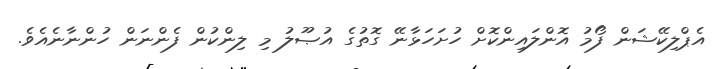
އެޕްލިކޭޝަން ފޯމު އޮންލައިންކޮށް ހުށަހަޅާނޭ ގޮތުގެ އުޞޫލު މި ލިންކުން ފެންނަން ހުންނާނެއެވެ.